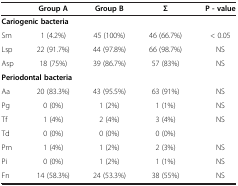
<table><thead><tr><td><b> </b></td><td><b>Group A</b></td><td><b>Group B</b></td><td><b>Σ</b></td><td><b>P - value</b></td></tr></thead><tbody><tr><td colspan="5"><b>Cariogenic bacteria</b></td></tr><tr><td>Sm</td><td>1 (4.2%)</td><td>45 (100%)</td><td>46 (66.7%)</td><td>&lt; 0.05</td></tr><tr><td>Lsp</td><td>22 (91.7%)</td><td>44 (97.8%)</td><td>66 (98.7%)</td><td>NS</td></tr><tr><td>Asp</td><td>18 (75%)</td><td>39 (86.7%)</td><td>57 (83%)</td><td>NS</td></tr><tr><td colspan="5"><b>Periodontal bacteria</b></td></tr><tr><td>Aa</td><td>20 (83.3%)</td><td>43 (95.5%)</td><td>63 (91%)</td><td>NS</td></tr><tr><td>Pg</td><td>0 (0%)</td><td>1 (2%)</td><td>1 (1%)</td><td>NS</td></tr><tr><td>Tf</td><td>1 (4%)</td><td>2 (4%)</td><td>3 (4%)</td><td>NS</td></tr><tr><td>Td</td><td>0 (0%)</td><td>0 (0%)</td><td>0 (0%)</td><td> </td></tr><tr><td>Pm</td><td>1 (4%)</td><td>1 (2%)</td><td>2 (3%)</td><td>NS</td></tr><tr><td>Pi</td><td>0 (0%)</td><td>1 (2%)</td><td>1 (1%)</td><td>NS</td></tr><tr><td>Fn</td><td>14 (58.3%)</td><td>24 (53.3%)</td><td>38 (55%)</td><td>NS</td></tr></tbody></table>